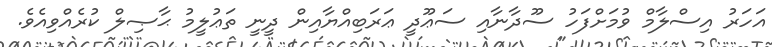
އަހަރު އިސްލާމް ވުމަށްފަހު ސޫދާނާއި ސަޢޫދީ ޢަރަބިއްޔާއިން ދީނީ ތަޢުލީމު ޙާޞިލް ކުރެއްވިއެވެ.